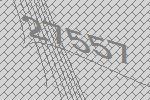
27557